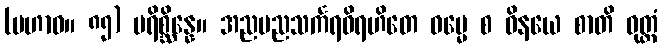
(မဟာဝ။ ၈၅) ပရိစ္ဆိန္နေ။ အညမညသင်္ကရဝိရဟိတေ ဓမ္မေ စ ဝိနယေ စာတိ ဝုတ္တံ